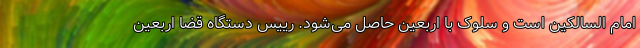
امام السالکین است و سلوک با اربعین حاصل می‌شود. رییس دستگاه قضا اربعین